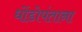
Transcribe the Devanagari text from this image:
धोंडोपंताना